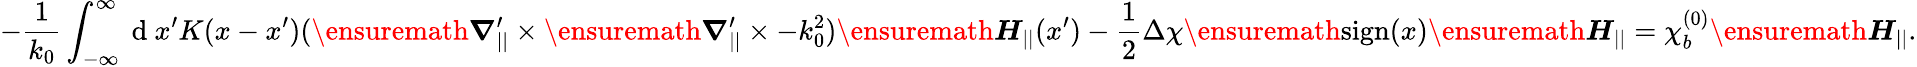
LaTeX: -\frac{1}{k_{0}}\int_{-\infty}^{\infty}\mathrm{~d~}x^{\prime}K(x-x^{\prime})(\ensuremath{\boldsymbol{\nabla}}_{||}^{\prime}\times\ensuremath{\boldsymbol{\nabla}}_{||}^{\prime}\times-k_{0}^{2})\ensuremath{\boldsymbol{H}}_{||}(x^{\prime})-\frac{1}{2}\Delta\chi\ensuremath{\operatorname{sign}}(x)\ensuremath{\boldsymbol{H}}_{||}=\chi_{b}^{(0)}\ensuremath{\boldsymbol{H}}_{||}.